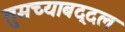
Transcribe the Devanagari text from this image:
तुमच्याबद्दल